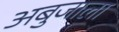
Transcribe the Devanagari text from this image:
अबुजाला